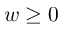
w \ge 0